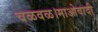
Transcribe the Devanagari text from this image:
चळवळ।माओवादी